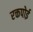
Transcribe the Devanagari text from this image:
रक्तपोई